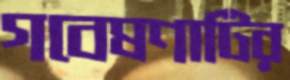
গবেষণাটির